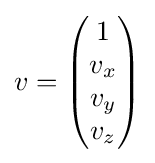
v={\begin{pmatrix}1\\v_{x}\\v_{y}\\v_{z}\\\end{pmatrix}}